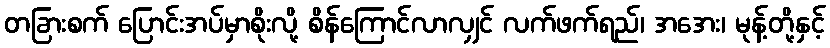
တခြားစက် ပြောင်းအပ်မှာစိုးလို့ စိန်ကြောင်လာလျှင် လက်ဖက်ရည်၊ အအေး၊ မုန့်တို့နှင့်